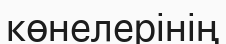
көнелерінің